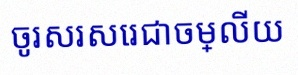
ចូរសរសេរជាចម្លើយ